system: You are a helpful assistant.
user:
Analyze the provided spectrum to determine if it is a **S-type Star**.

- **Key Indicators for S-type Star:**

    - **(Overall Spectrum Shape):** The first and most obvious characteristic is the overall continuum (the "baseline" shape). It is **extremely "red-sloping,"** meaning the flux (light intensity) is very low on the left side (blue, ~4000-4500 Å) and rises steeply and continuously toward the right side (red, ~7000 Å+).

    - **(Primary):** The spectrum is defined by the presence of strong, broad molecular absorption "valleys" (bands) from **Zirconium Oxide (ZrO)**. The identification of these bands is the **primary requirement** for classifying a star as S-type.
        - **(Key Bandheads):** You must find distinct, deep "dips" where the light has been absorbed. The most critical band systems to locate are:
            - **~6474 Å** ($\gamma$-system): This is often the strongest and clearest ZrO feature, found in the red part of the spectrum.
            - **~5718 Å** & **~5551 Å** ($\beta$-system): A pair of prominent absorption features in the yellow-orange part of the spectrum.
            - **~4640 Å** ($\alpha$-system): A key absorption band system in the blue-green region of the spectrum.

    - **(Secondary Confirmation):** The classification is strengthened by finding additional absorption bands from other related heavy element oxides, which are expected to be present alongside ZrO.
        - **(Key Bandheads):**
            - **Yttrium Oxide (YO):** Look for absorption dips near **~4800 Å** and **~6100 Å**.
            - **Lanthanum Oxide (LaO):** Additional absorption features, particularly in the red-orange part of the spectrum, are also characteristic.

    - **(Line Profile):** The combination of the steep red continuum and these numerous, deep molecular bands (ZrO, YO, etc.) gives the entire spectrum a very **"chopped-up"** or **"bumpy"** appearance. Instead of a smooth curve, the spectrum looks as though large, wide chunks of light have been "carved out" of it at the specific wavelengths listed above.

Think first, call **spectral_visualization_tool** if needed to examine features in detail, then provide your final answer. Your response must adhere to the following strict rules:
1.  **Overall Structure:** Your response must follow the format `<think>...</think> <tool_call>...</tool_call> (if a tool is used) <answer>...</answer>`.
2.  **Tool Usage Constraint:** You may only make **one** tool call per turn.
3.  **Final Answer Format:** In the `<answer>` tag, your conclusion must be inside a `\boxed{}` command (e.g., `\boxed{YES}` or `\boxed{NO}`), followed by your justification.

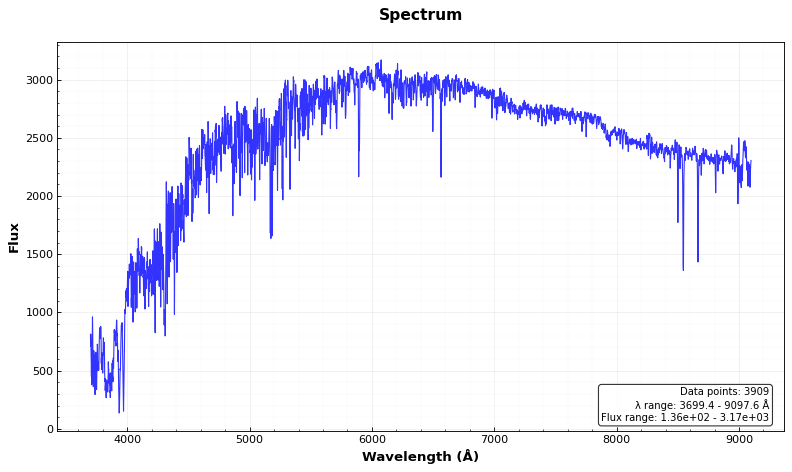
Answer: NO